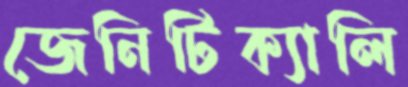
জেনিটিক্যালি